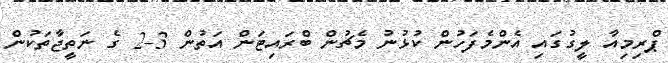
ޕްރިމިއާ ލީގުގައި އެންމެފަހުން ކުޅުނު މެޗުން ބްރައިޓަން އަތުން 3-2 ގެ ނަތީޖާތަކުން